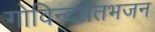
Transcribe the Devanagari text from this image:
गोविन्दम्रतभजन